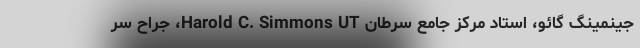
جینمینگ گائو، استاد مرکز جامع سرطان Harold C. Simmons UT، جراح سر